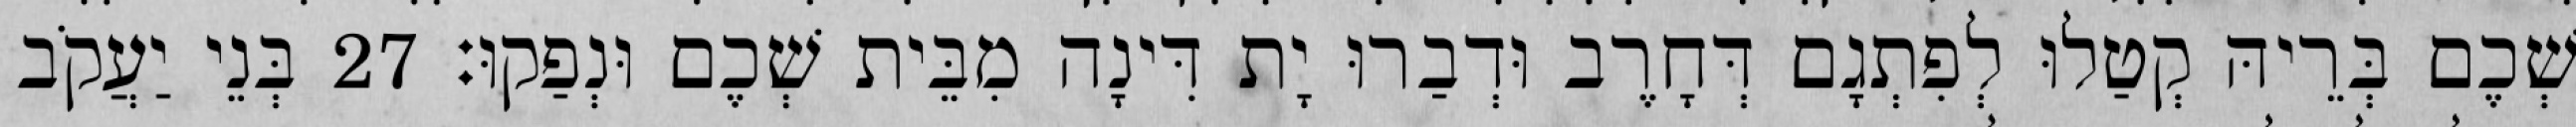
שְׁכֶם בְּרֵיהּ קְטַלוּ לְפִתְגָם דְּחָרֶב וּדְבַרוּ יָת דִּינָה מִבֵּית שְׁכֶם וּנְפַקוּ׃ 27 בְּנֵי יַעֲקֹב